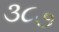
૩૮૭